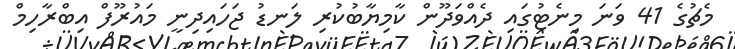
މެޗުގެ 41 ވަނަ މިނެޓުގައި ދެއްވަދޫން ކާމިޔާބުކުރި ލަނޑު ޖަހައިދިނީ މައުރޫފް އިބްރާހިމް